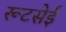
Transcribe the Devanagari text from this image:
रूटसेई